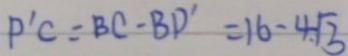
P ^ { \prime } C = B C - B D ^ { \prime } = 1 6 - 4 \sqrt { 3 }